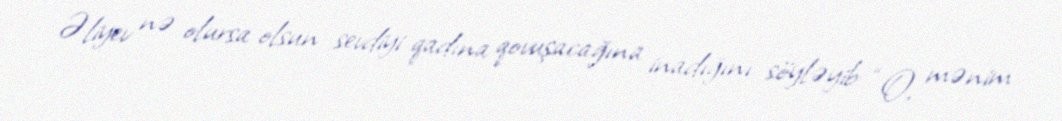
Əliyev nə olursa olsun sevdiyi qadına qovuşacağına inadığını söyləyib: “O, mənim